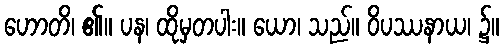
ဟောတိ၊ ၏။ ပန၊ ထိုမှတပါး။ ယော၊ သည်။ ဝိပဿနာယ၊ ၌။